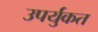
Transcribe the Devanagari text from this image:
उपर्युकत